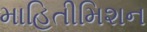
માહિતીમિશન